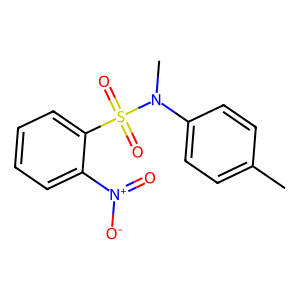
SMILES: Cc1ccc(N(C)S(=O)(=O)c2ccccc2[N+](=O)[O-])cc1
Inhibits HIV replication: Yes